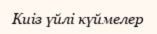
Киіз үйлі күймелер